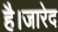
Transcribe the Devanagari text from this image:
है।जारेद